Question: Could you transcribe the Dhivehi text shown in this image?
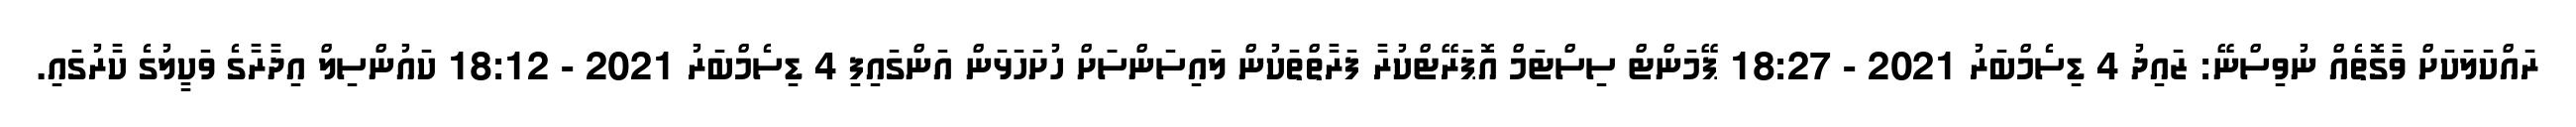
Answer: ރައްކަލަކަށް ވާގޮތެއް ނުވިސްނޭ: ޒައިދު 4 ޑިސެމްބަރު 2021 - 18:27 ޕޭމަންޓް ސިސްޓަމް އޮޕަރޭޓްކުރާ ފަރާތްތަކުން ލައިސަންސަަށް ހުށަހަޅަން އަންގައިފި 4 ޑިސެމްބަރު 2021 - 18:12 ކައުންސިލް އިދާރާގެ ވަކީލުގެ ކާރުގައި.